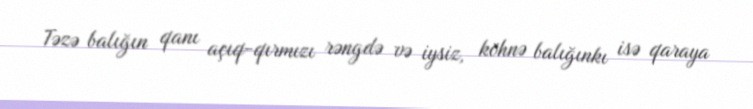
Təzə balığın qanı açıq-qırmızı rəngdə və iysiz, köhnə balığınkı isə qaraya